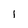
Character: l